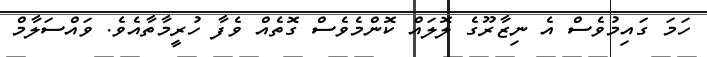
ހަމަ ގައިމުވެސް އެ ނިޒާރޫގެ ލޮލައް ކޮންމެވެސް ގޮތެއް ވެފާ ހުރީމާތާއެވެ. ވައްސަލާމް